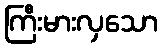
ကြီးမားလှသော